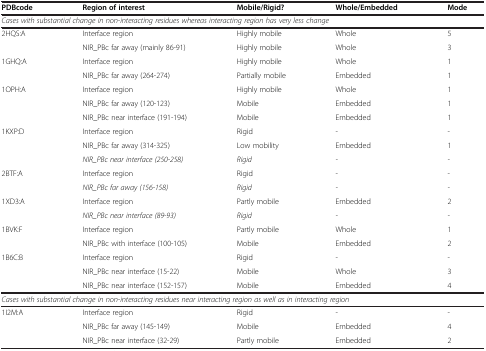
| PDBcode | Region of interest | Mobile/Rigid? | Whole/Embedded | Mode |
 | --- | --- | --- | --- | --- |
 | <COLSPAN=5> Cases with substantial change in non-interacting residues whereas interacting region has very less change |
 | 2HQS:A | Interface region | Highly mobile | Whole | 5 |
 |  | NIR_PBc far away (mainly 86-91) | Highly mobile | Whole | 3 |
 | 1GHQ:A | Interface region | Highly mobile | Whole | 1 |
 |  | NIR_PBc far away (264-274) | Partially mobile | Embedded | 1 |
 | 1OPH:A | Interface region | Highly mobile | Whole | 1 |
 |  | NIR_PBc far away (120-123) | Mobile | Embedded | 1 |
 |  | NIR_PBc near interface (191-194) | Mobile | Embedded | 1 |
 | 1KXP:D | Interface region | Rigid | - | - |
 |  | NIR_PBc far away (314-325) | Low mobility | Embedded | 1 |
 |  | NIR_PBc near interface (250-258) | Rigid | - | - |
 | 2BTF:A | Interface region | Rigid | - | - |
 |  | NIR_PBc far away (156-158) | Rigid | - | - |
 | 1XD3:A | Interface region | Partly mobile | Embedded | 2 |
 |  | NIR_PBc near interface (89-93) | Rigid | - | - |
 | 1BVK:F | Interface region | Partly mobile | Whole | 1 |
 |  | NIR_PBc with interface (100-105) | Mobile | Embedded | 2 |
 | 1B6C:B | Interface region | Rigid | - | - |
 |  | NIR_PBc near interface (15-22) | Mobile | Whole | 3 |
 |  | NIR_PBc near interface (152-157) | Mobile | Embedded | 4 |
 | <COLSPAN=5> Cases with substantial change in non-interacting residues near interacting region as well as in interacting region |
 | 1I2M:A | Interface region | Rigid | - | - |
 |  | NIR_PBc far away (145-149) | Mobile | Embedded | 4 |
 |  | NIR_PBc near interface (32-29) | Partly mobile | Embedded | 2 |